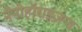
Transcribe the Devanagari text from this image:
नैनोहॉराइज़न्स